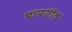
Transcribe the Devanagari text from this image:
चापशीत